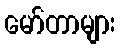
မော်တာများ